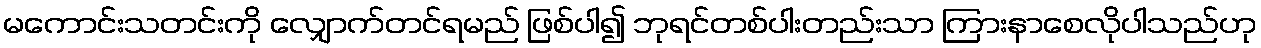
မကောင်းသတင်းကို လျှောက်တင်ရမည် ဖြစ်ပါ၍ ဘုရင်တစ်ပါးတည်းသာ ကြားနာစေလိုပါသည်ဟု